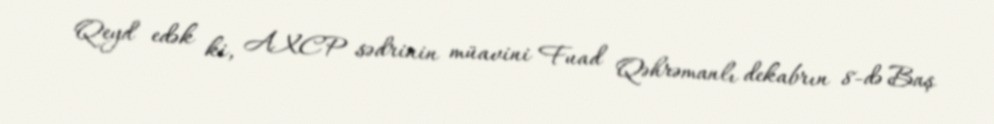
Qeyd edək ki, AXCP sədrinin müavini Fuad Qəhrəmanlı dekabrın 8-də Baş